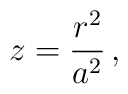
z=\frac{r^{2}}{a^{2}}\,,